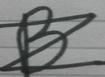
Signature authenticity: forged